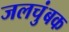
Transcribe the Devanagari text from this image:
जलचुंबक